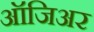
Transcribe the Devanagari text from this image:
ऑजिअर